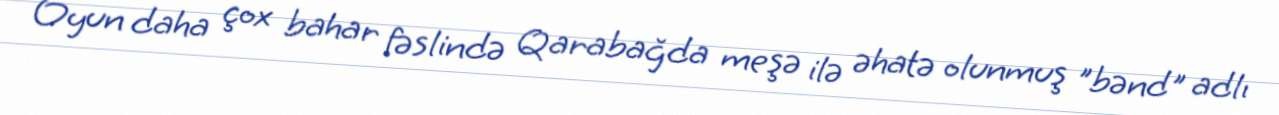
Oyun daha çox bahar fəslində Qarabağda meşə ilə əhatə olunmuş "bənd" adlı